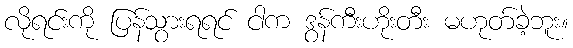
လိုရင်းကို ပြန်သွားရရင် ငါက ဒွန်ကီးဟိုးတီး မဟုတ်ခဲ့ဘူး။